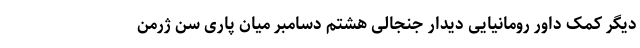
دیگر کمک داور رومانیایی دیدار جنجالی هشتم دسامبر میان پاری سن ژرمن